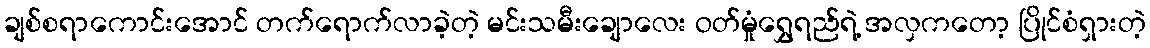
ချစ်စရာကောင်းအောင် တက်ရောက်လာခဲ့တဲ့ မင်းသမီးချောလေး ဝတ်မှုံရွှေရည်ရဲ့ အလှကတော့ ပြိုင်စံရှားတဲ့